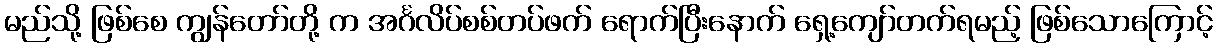
မည်သို့ ဖြစ်စေ ကျွန်တော်တို့ က အင်္ဂလိပ်စစ်တပ်ဖက် ရောက်ပြီးနောက် ရှေ့ကျော်တက်ရမည့် ဖြစ်သောကြောင့်